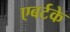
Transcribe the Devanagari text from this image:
एबर्टके